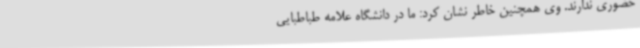
حضوری ندارند. وی همچنین خاطر نشان کرد:‌ ما در دانشگاه علامه طباطبایی